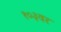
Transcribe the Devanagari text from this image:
१०३वर